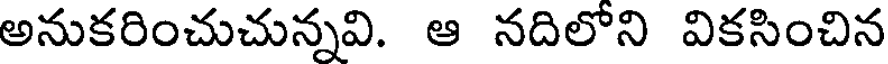
అనుకరించుచున్నవి. ఆ నదిలోని వికసించిన